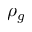
\rho _ { g }